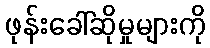
ဖုန်းခေါ်ဆိုမှုများကို